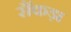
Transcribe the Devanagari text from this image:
सैंकड़ा